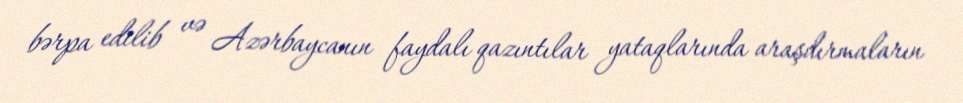
bərpa edilib və Azərbaycanın faydalı qazıntılar yataqlarında araşdırmaların